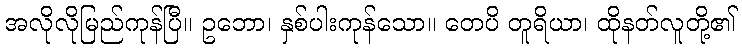
အလိုလိုမြည်ကုန်ပြီ။ ဥဘော၊ နှစ်ပါးကုန်သော။ တေပိ တူရိယာ၊ ထိုနတ်လူတို့၏